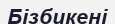
Бізбикені